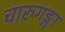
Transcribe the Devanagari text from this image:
चारुगङ्गा